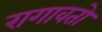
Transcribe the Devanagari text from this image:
रागावतो